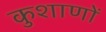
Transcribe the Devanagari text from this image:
कुशाणों